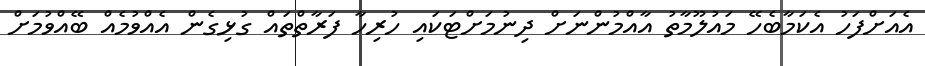
އެއަށްފަހު އެކަމާބެހޭ މައުލޫމާތު އާއްމުންނަށް ދިނުމަށްޓަކައި ހުރިހާ ފަރާތްތައް ގުޅިގެން އެއްވުމެއް ބޭއްވުމަށް